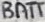
Text: BATT